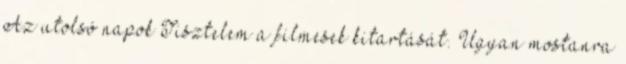
Az utolsó napok Tisztelem a filmesek kitartását. Ugyan mostanra